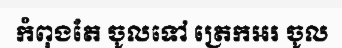
កំពុងតែ ចូលទៅ ត្រេកអរ ចូល